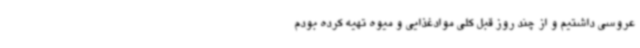
عروسی داشتیم و از چند روز قبل کلی موادغذایی و میوه تهیه کرده بودم